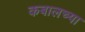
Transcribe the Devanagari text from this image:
कबालच्या